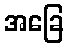
အခြေ